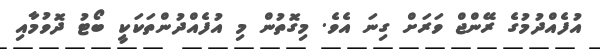
އުފެއްދުމުގެ ރޭންޖް ވަރަށް ގިނަ އެވެ. މިގޮތުން މި އުފެއްދުންތަކަކީ ބޯޓު ދޮވުމާއި